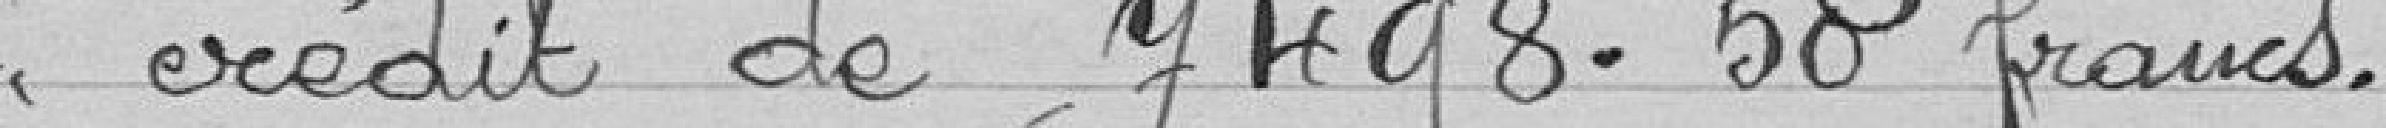
crédit de 7498.50 francs.